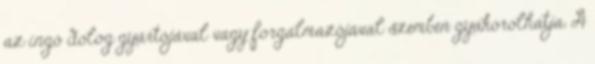
az ingó dolog gyártójával vagy forgalmazójával szemben gyakorolhatja. A